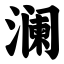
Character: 澜